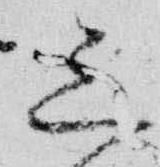
三